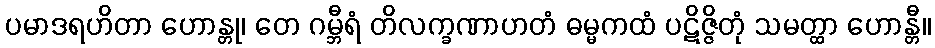
ပမာဒရဟိတာ ဟောန္တု၊ တေ ဂမ္ဘီရံ တိလက္ခဏာဟတံ ဓမ္မကထံ ပဋိဇ္ဇိတုံ သမတ္ထာ ဟောန္တီ။